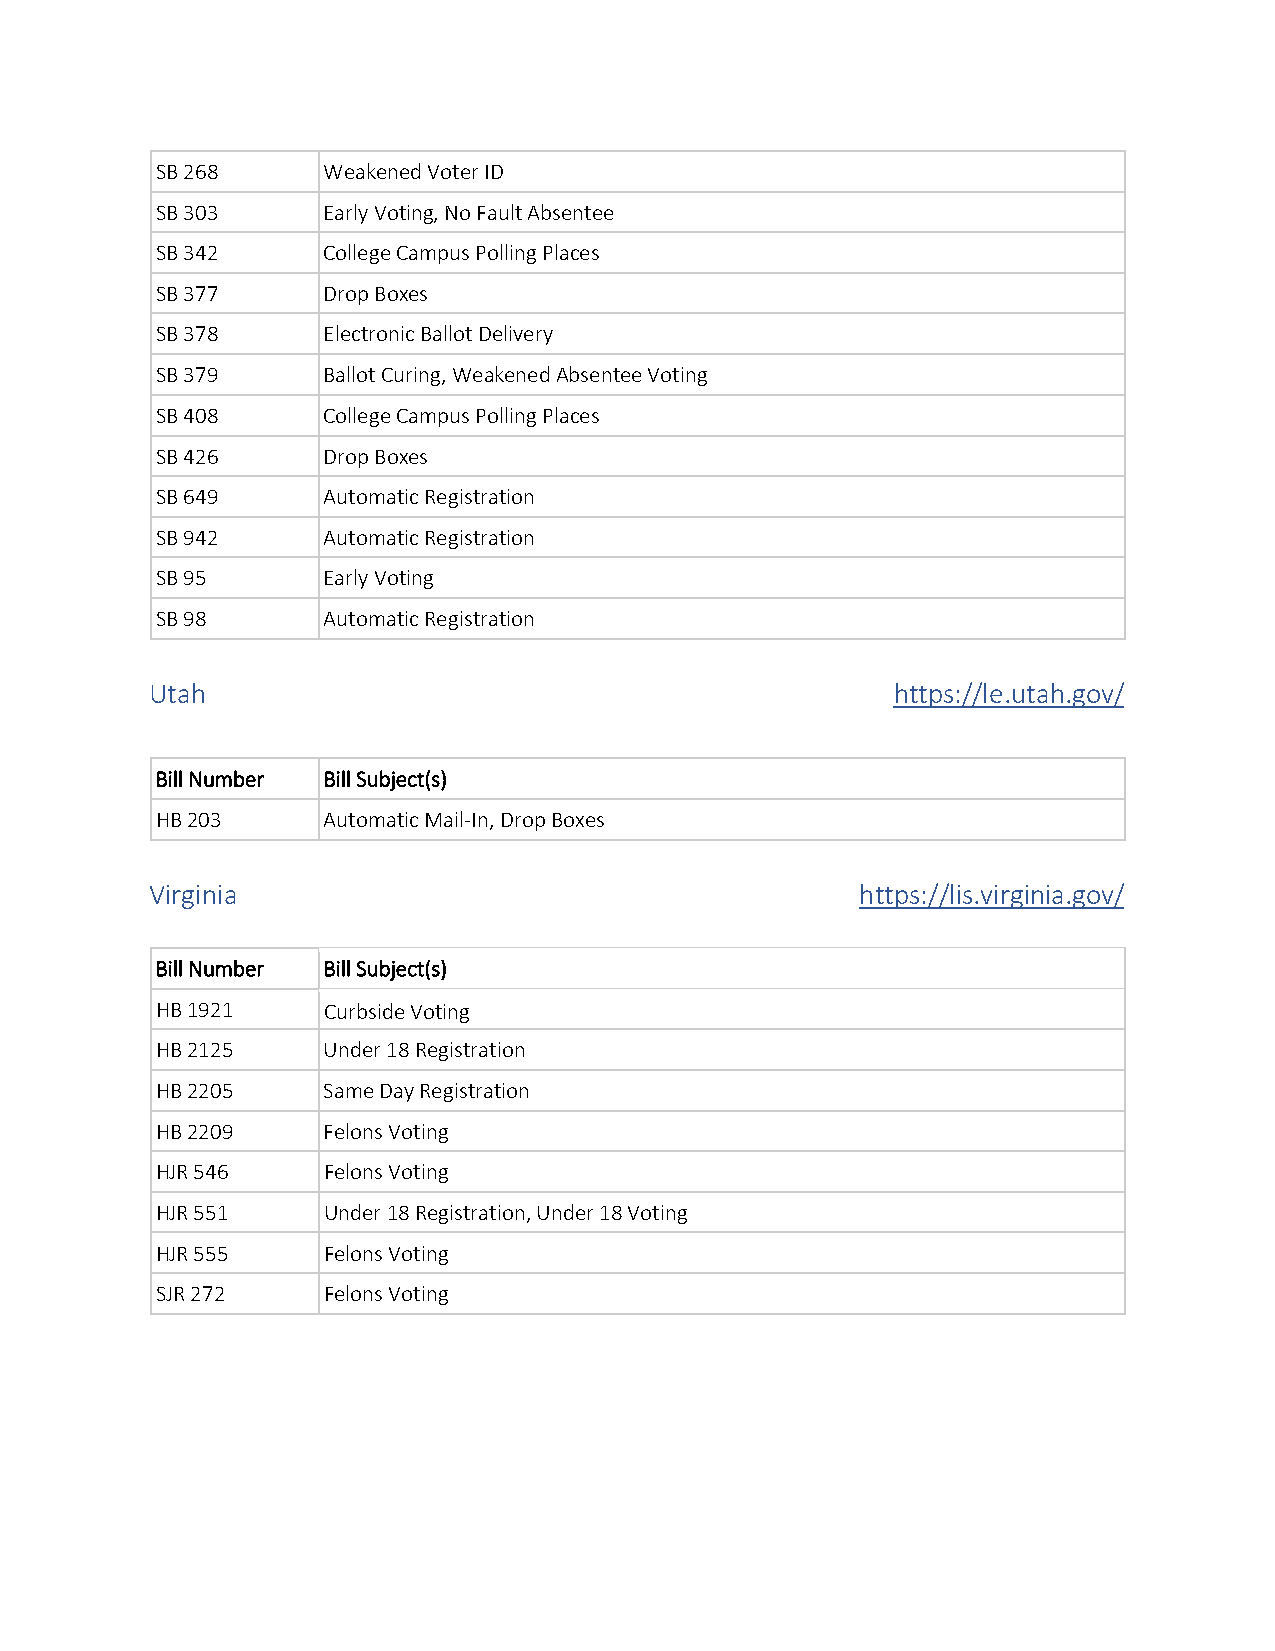
SB 268     Weakened Voter ID
 SB 303     Early Voting, No Fault Absentee
 SB 342     College Campus Polling Places
 SB 377     Drop Boxes
 SB 378     Electronic Ballot Delivery
 SB 379     Ballot Curing, Weakened Absentee Voting
 SB 408     College Campus Polling Places
 SB 426     Drop Boxes
 SB 649     Automatic Registration
 SB 942     Automatic Registration
 SB 95      Early Voting
 SB 98      Automatic Registration
 Utah                                             https://le.utah.gov/
 Bill Number Bill Subject(s)
 HB 203     Automatic Mail-In, Drop Boxes
 Virginia                                       https://lis.virginia.gov/
 Bill Number Bill Subject(s)
 HB 1921    Curbside Voting
 HB 2125    Under 18 Registration
 HB 2205    Same Day Registration
 HB 2209    Felons Voting
 HJR 546    Felons Voting
 HJR 551    Under 18 Registration, Under 18 Voting
 HJR 555    Felons Voting
 SJR 272    Felons Voting